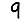
Digit: 9